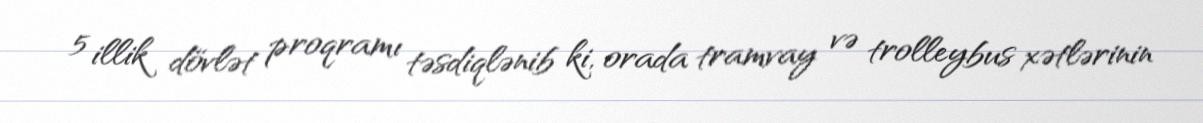
5 illik dövlət proqramı təsdiqlənib ki, orada tramvay və trolleybus xətlərinin